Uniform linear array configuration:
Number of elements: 64
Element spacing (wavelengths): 1
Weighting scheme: cosine
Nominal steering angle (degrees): -45
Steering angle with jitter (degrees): -46.444
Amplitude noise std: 0.05
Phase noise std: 0.05

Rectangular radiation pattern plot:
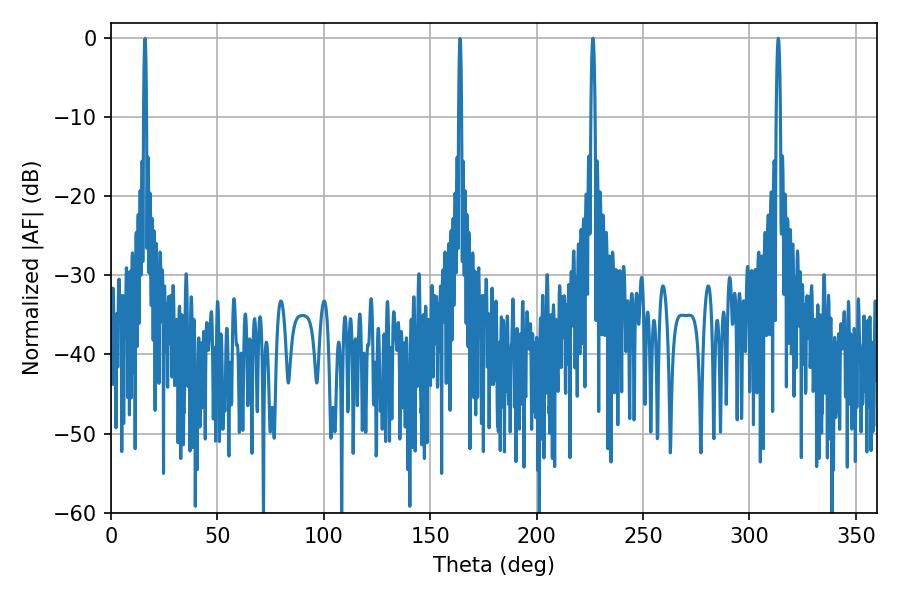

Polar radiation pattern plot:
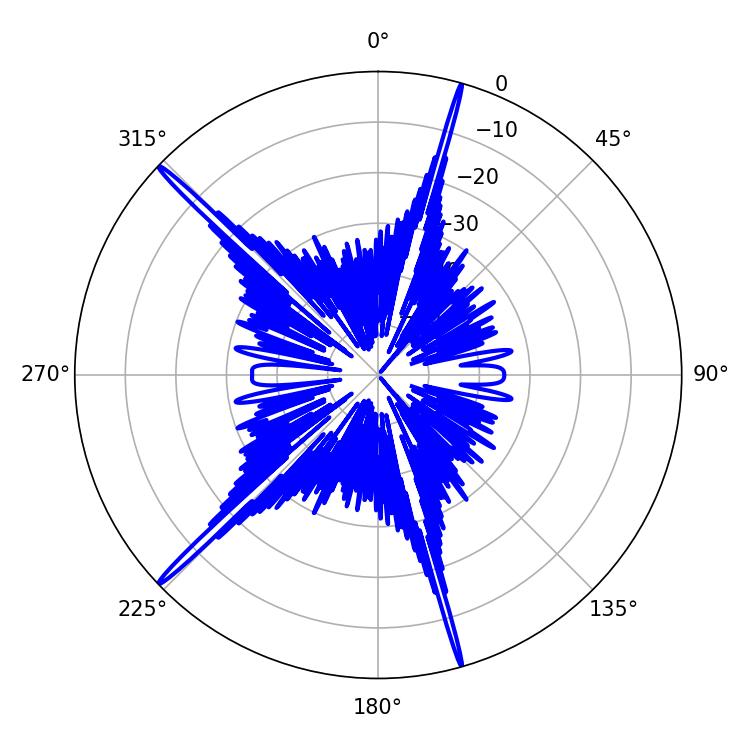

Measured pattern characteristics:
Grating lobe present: TRUE
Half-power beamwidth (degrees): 1.08
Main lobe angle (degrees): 226.44